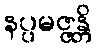
နပ္ပမဇ္ဇန္တိ